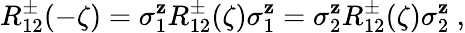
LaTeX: R_{12}^{\pm}(-\zeta)=\sigma_{1}^{\mathbf{z}}R_{12}^{\pm}(\zeta)\sigma_{1}^{\mathbf{z}}=\sigma_{2}^{\mathbf{z}}R_{12}^{\pm}(\zeta)\sigma_{2}^{\mathbf{z}}~,